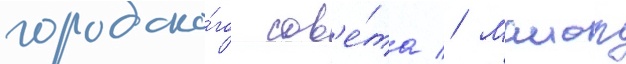
городско́го сов'е́та // Маиор